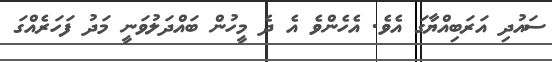
ސައުދި އަރަބިއްޔާގަ އެވެ. އެހެންވެ އެ ދެ މީހުން ބައްދަލުވަނީ މަދު ފަހަރެއްގަ